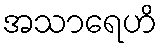
အသာရေဟိ